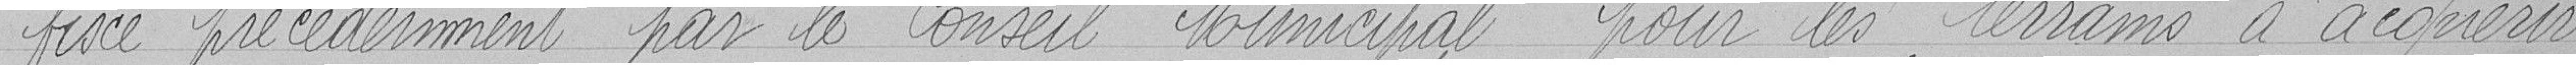
fixé précédemment par le Conseil Municipal pour les terrains à acquérir